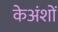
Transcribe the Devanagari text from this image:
केअंशों